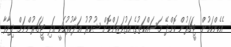
އެހެންކަމުން ޓީޗަރުން ކޮށްދޭ މަސައްކަތުގެ އަގުވަޒަންކޮށް ޝުކުރު އަދާކުރުމަކީ އަދި ޓީޗަރުންނަށް ދިމާވާ